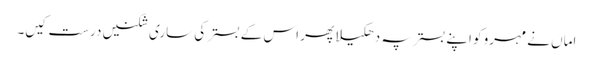
اماں نے مہرو کو اپنے بستر پہ دھکیلا پھر اس کے بستر کی ساری شکنیں درست کیں۔